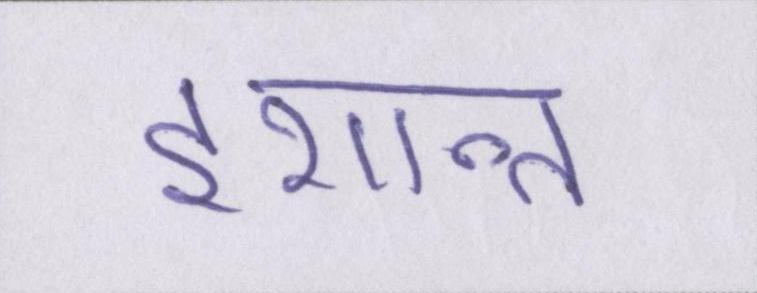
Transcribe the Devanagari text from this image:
इशान्त